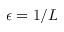
\epsilon = 1 / L